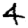
Digit: 4